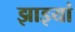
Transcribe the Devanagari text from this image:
झाइयां